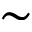
\sim